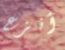
أنزع